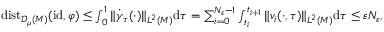
\begin{array} { r } { \mathrm { d i s t } _ { { \mathscr { D } _ { \mu } ( M ) } } ( \mathrm { i d } , \varphi ) \leq \int _ { 0 } ^ { 1 } \| \dot { \gamma } _ { \tau } ( \cdot ) \| _ { L ^ { 2 } ( M ) } \mathrm { d } \tau = \sum _ { i = 0 } ^ { N _ { \varepsilon } - 1 } \int _ { t _ { i } } ^ { t _ { i + 1 } } \| v _ { i } ( \cdot , \tau ) \| _ { L ^ { 2 } ( M ) } \mathrm { d } \tau \leq \varepsilon N _ { \varepsilon } , } \end{array}